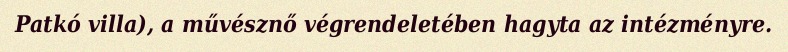
Patkó villa), a művésznő végrendeletében hagyta az intézményre.